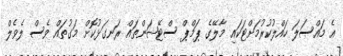
އެ މައްސަލަ ހައްލުކުރުމަށްޓަކައި މާލޭގެ ޕަމްޕް ސްޓޭޝަންތައް ރަނގަޅުކޮށް މަގުތައް ވެސް ލެވެލް